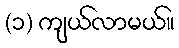
(၁) ကျယ်လာမယ်။